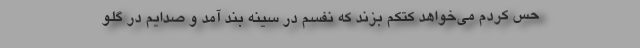
حس کردم می‌خواهد کتکم بزند که نفسم در سینه بند آمد و صدایم در گلو